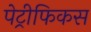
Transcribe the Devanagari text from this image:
पेट्रीफिकस